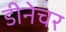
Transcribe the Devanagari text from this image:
डीनेचर